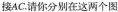
接AC.请你分别在这两个图